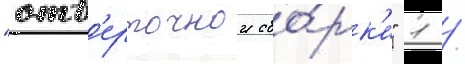
"отв'ерточнои сбо́рк'и" 1 /